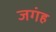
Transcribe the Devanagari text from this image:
जगंह